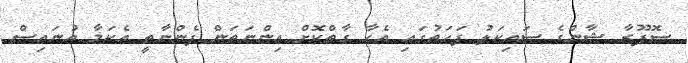
ސޮފޫރާ ޝާންގެ ސައިކަލު ފަހަތުގައި އެހާ ގާތްކޮށް އިންނަތަން ފެންނާތީ އެކަމާ އުނައިސް